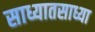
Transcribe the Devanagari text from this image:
साध्यातसाध्या